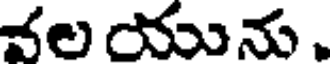
వల యును .